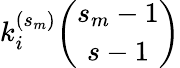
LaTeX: k_{i}^{(s_{m})}{\binom{s_{m}-1}{s-1}}